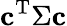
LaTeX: \mathbf{c}^{\mathrm{{T}}}\Sigma\mathbf{c}